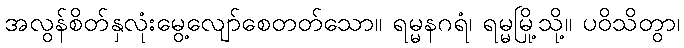
အလွန်စိတ်နှလုံးမွေ့လျော်စေတတ်သော။ ရမ္မနဂရံ၊ ရမ္မမြို့သို့။ ပဝိသိတွာ၊